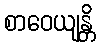
စာဝေယျန္တိ